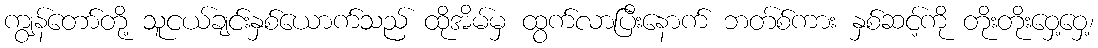
ကျွန်တော်တို့ သူငယ်ချင်းနှစ်ယောက်သည် ထိုအိမ်မှ ထွက်လာပြီးနောက် ဘတ်စ်ကား နှစ်ဆင့်ကို တိုးတိုးဝှေ့ဝှေ့၊